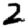
Digit: 2